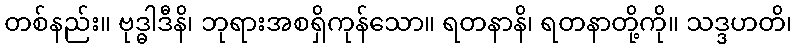
တစ်နည်း။ ဗုဒ္ဓါဒီနိ၊ ဘုရားအစရှိကုန်သော။ ရတနာနိ၊ ရတနာတို့ကို။ သဒ္ဒဟတိ၊